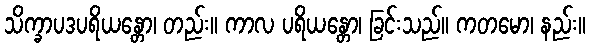
သိက္ခာပဒပရိယန္တော၊ တည်း။ ကာလ ပရိယန္တော၊ ခြင်းသည်။ ကတမော၊ နည်း။